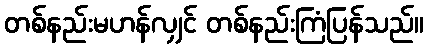
တစ်နည်းမဟန်လျှင် တစ်နည်းကြံပြန်သည်။